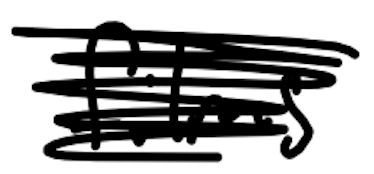
Text: films
Cross-out: scratch
Writing tool: digital_black